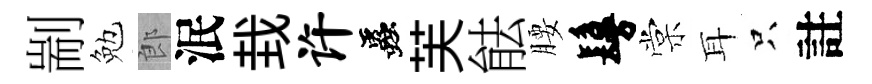
剬勉郎泯㘽许蟲芙䏻腰鬘棠耳只註